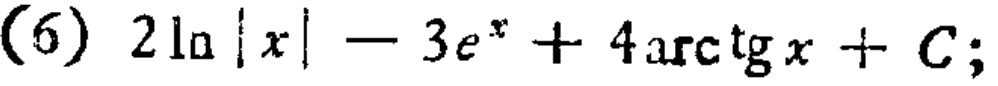
\((6)\ 2\ln|x|-3e^{x}+4\mathrm{arctg}x + C;\)